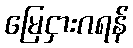
မြေငှားဂရန်